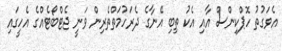
އެވަގުތު ހޮޕްކިންސް އާއި އެކު ތިބި އޭނާގެ ދެރަހުމަތްތެރިން ވަނީ ޖެޓްބޯޓެއްގެ އެހީގައި